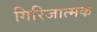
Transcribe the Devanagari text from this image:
गिरिजात्मक